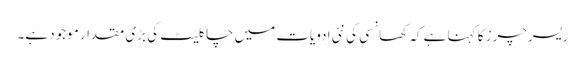
ریسرچرز کا کہنا ہے کہ کھانسی کی نئی ادویات میں چاکلیٹ کی بڑی مقدار موجود ہے۔